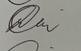
Signature authenticity: genuine